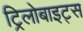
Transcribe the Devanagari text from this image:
ट्रिलोबाइट्स